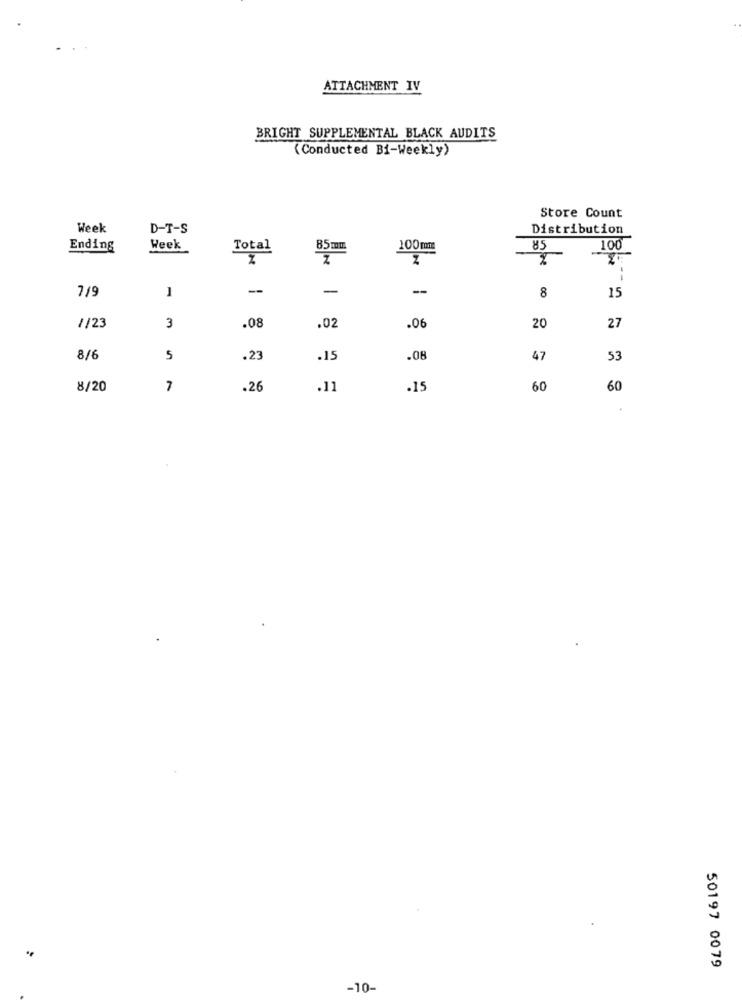
ATTACHMENT IV
BRIGHT SUPPLEMENTAL BLACK AUDITS
(Conducted Bi-Weekly)
Store Count
Week
D-T-S
Distribution
Ending
Week
Total
85mm
100m
85
100
Z
--
7/9
1
-
-
--
8
15
.08
.02
20
1/23
3
.06
27
8/6
5
.23
.15
.08
47
53
8/20
7
.26
.11
.15
60
60
50197 0079
-10-